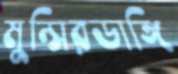
মুন্সিরডাঙ্গি